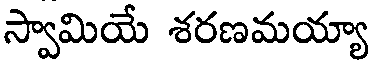
స్వామియే శరణమయ్యా